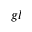
_ { g l }